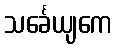
သင်္ခေယျကေ